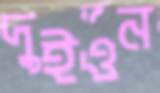
দুইওন